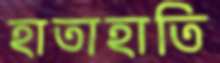
হাতাহাতি